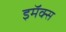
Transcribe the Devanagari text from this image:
इमॅक्स